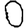
Digit: 0